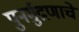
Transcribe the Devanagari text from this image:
पुनर्मुद्रणाचे